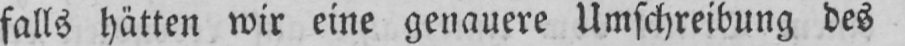
falls hätten wir eine genauere Umschreibung des